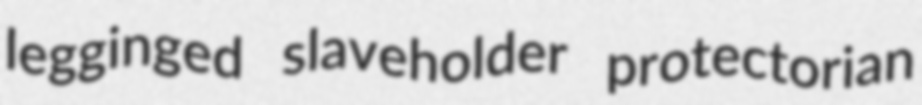
legginged slaveholder protectorian